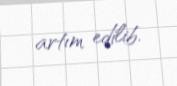
artım edilib.